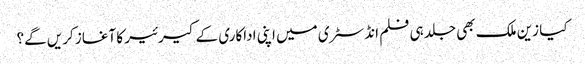
کیا زین ملک بھی جلد ہی فلم انڈسٹری میں اپنی اداکاری کے کیرئیر کا آغاز کریں گے؟